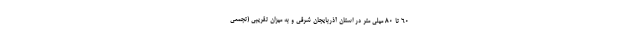
۶۰ تا ۸۰ میلی متر در استان آذربایجان شرقی و به میزان تقریبی (تجمعی